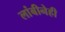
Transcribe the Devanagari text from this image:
लांबीनेही